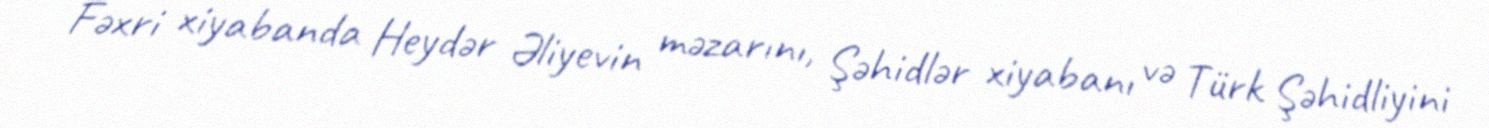
Fəxri xiyabanda Heydər Əliyevin məzarını, Şəhidlər xiyabanı və Türk Şəhidliyini